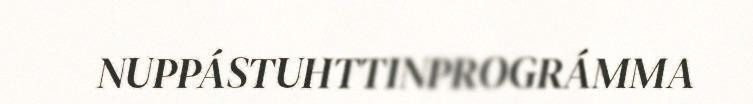
NUPPÁSTUHTTINPROGRÁMMA